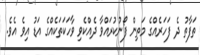
ތަފާތު ދެ ފަހަރެއްގެ މަތިން ފޯނުކުރައްވާ ދެއްކެވި ވާހަކަތަކެއްގެ އަޑު އިވެ އެވެ.